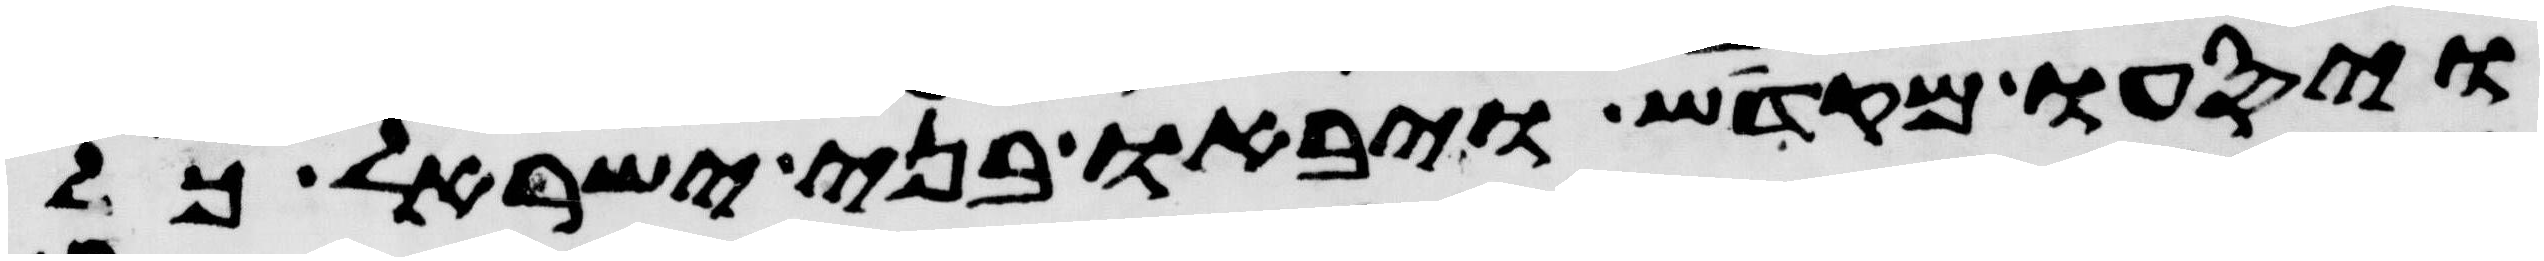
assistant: ויסעו מקדש ויבאו בני ישראל כל